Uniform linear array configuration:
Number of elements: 12
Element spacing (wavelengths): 0.5
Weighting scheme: hamming
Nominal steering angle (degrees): -15
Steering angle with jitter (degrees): -13.772
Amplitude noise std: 0.05
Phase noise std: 0.05

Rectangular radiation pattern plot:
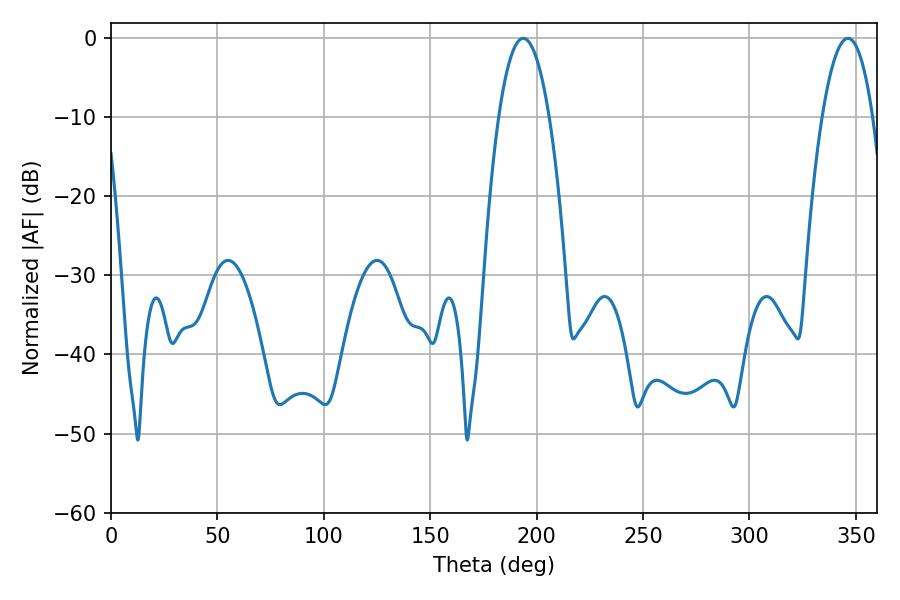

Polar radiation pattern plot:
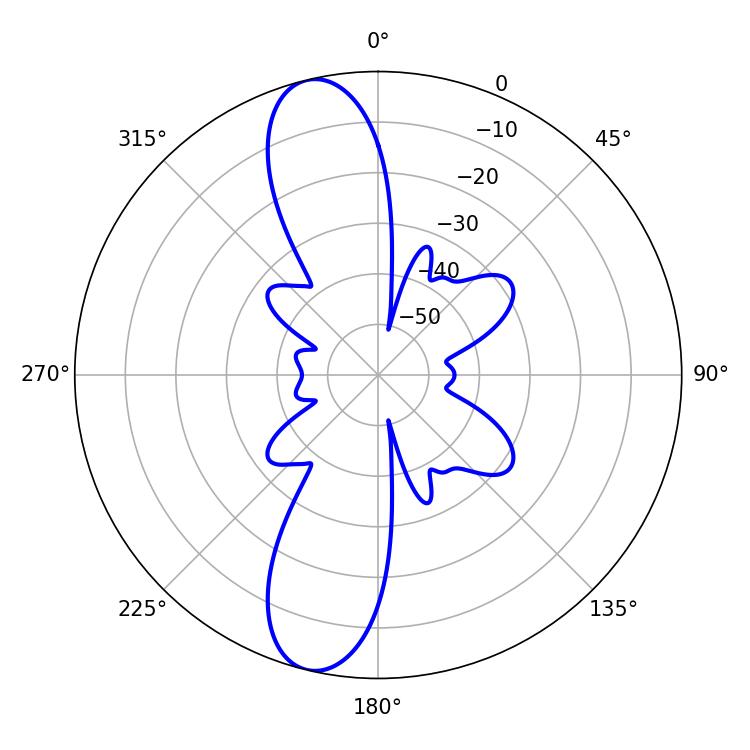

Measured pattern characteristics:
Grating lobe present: FALSE
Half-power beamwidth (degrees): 13.14
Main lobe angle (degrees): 193.68